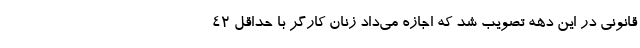
قانونی در این دهه تصویب شد که اجازه می‌داد زنان کارگر با حداقل ۴۲